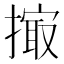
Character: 𢲻